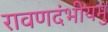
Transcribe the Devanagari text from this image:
रावणदंभीयमु